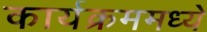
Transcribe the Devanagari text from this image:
कार्यक्रममध्ये